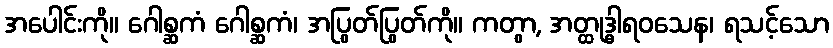
အပေါင်းကို။ ဂေါစ္ဆကံ ဂေါစ္ဆကံ၊ အပြွတ်ပြွတ်ကို။ ကတွာ, အတ္ထုဒ္ဓါရဝသေန၊ ရသင့်သော